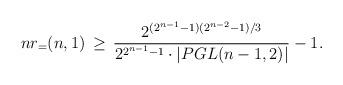
LaTeX: \begin{align*} nr_=(n,1) \,\geq\, \frac{2^{(2^{n-1}-1)(2^{n-2}-1)/3}}{2^{2^{n-1}-1} \cdot |PGL(n-1,2)|} - 1. \end{align*}